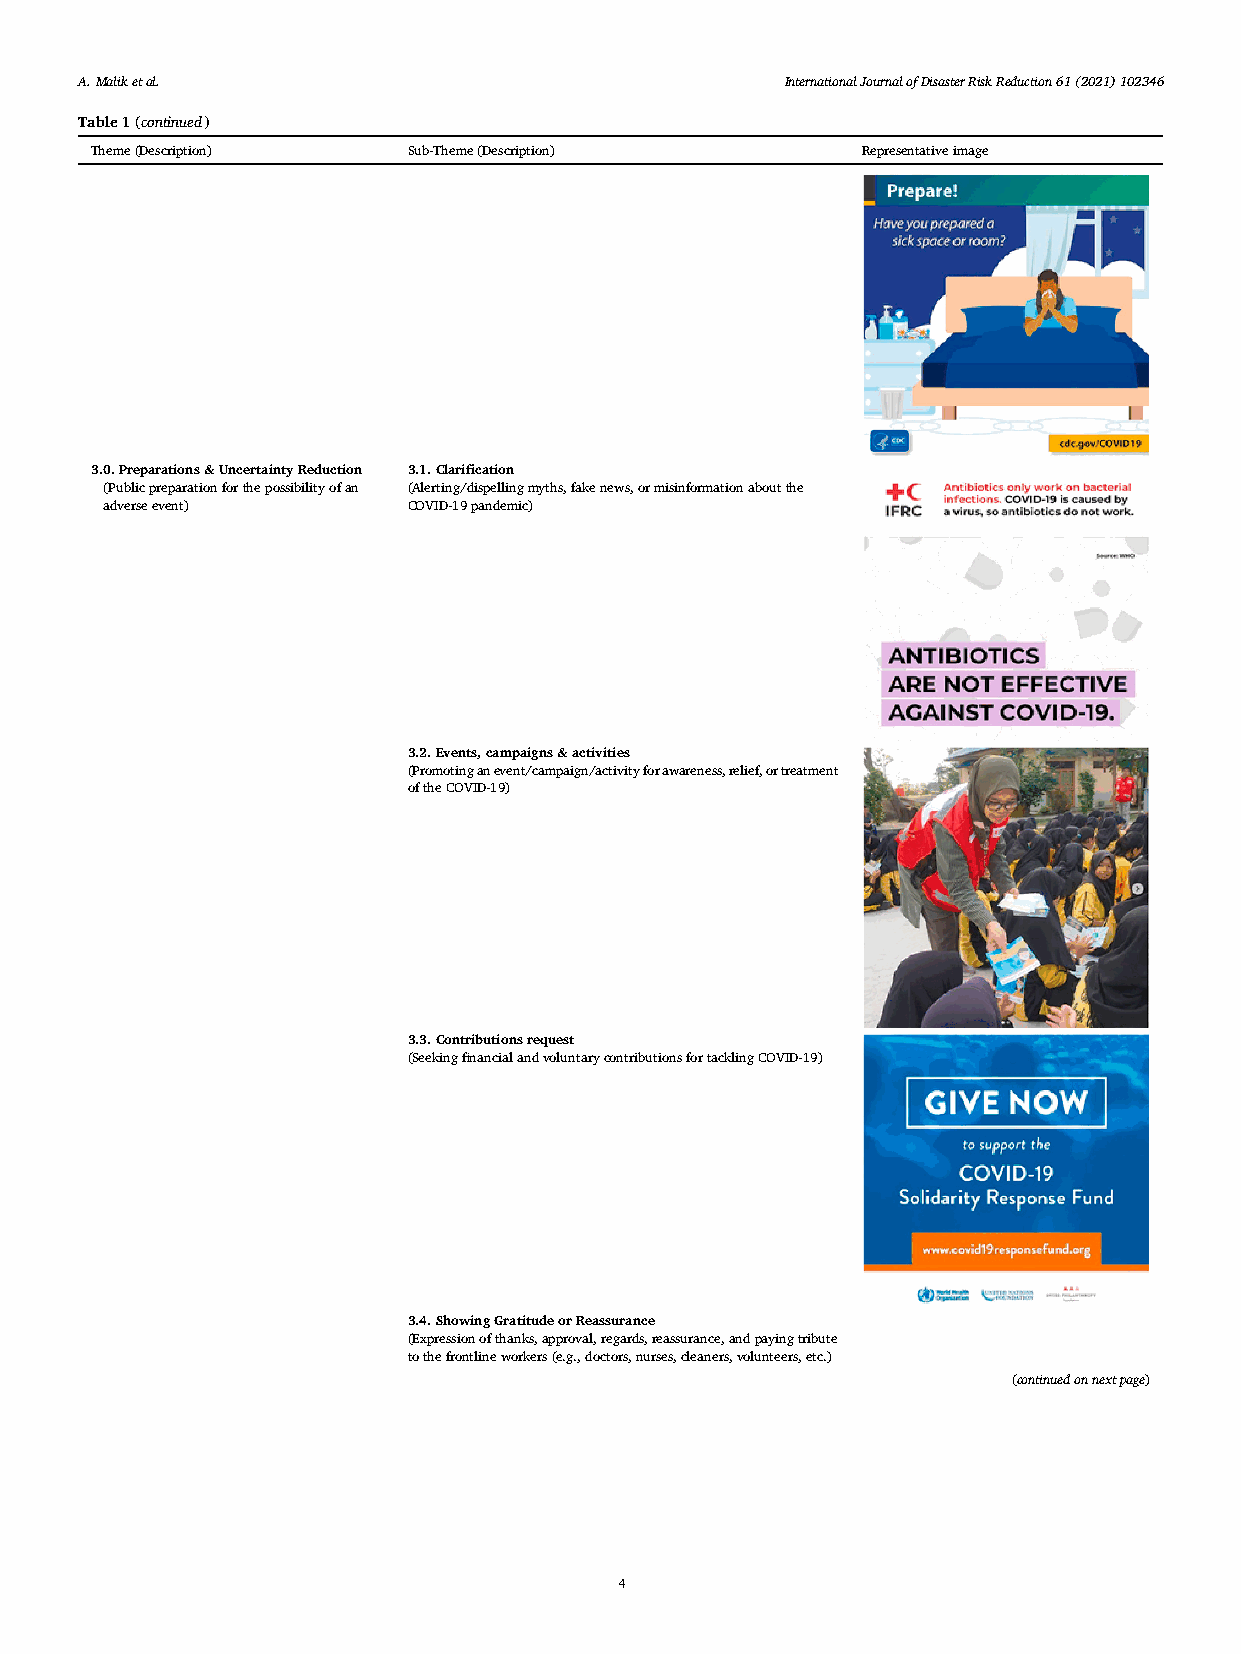
A. Malik et al.                                I n t e r n a t i o n a l J o u r n a l o f D i s a s t e r R i s k R e d u c t i o n61(2021)102346
 Table 1 (continued)
 Theme (Description)  Sub-Theme (Description)       Representative image
 3.0. Preparations & Uncertainty Reduction 3.1. Clarification
 (Public preparation for the possibility of an (Alerting/dispelling myths, fake news, or misinformation about the
 adverse event)      COVID-19 pandemic)
 3.2. Events, campaigns & activities
 (Promoting an event/campaign/activity for awareness, relief, or treatment
 of the COVID-19)
 3.3. Contributions request
 (Seeking financial and voluntary contributions for tackling COVID-19)
 3.4. Showing Gratitude or Reassurance
 (Expression of thanks, approval, regards, reassurance, and paying tribute
 to the frontline workers (e.g., doctors, nurses, cleaners, volunteers, etc.)
 (continued on next page)
 4